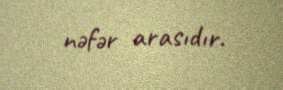
nəfər arasıdır.